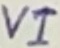
Text: VI